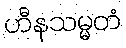
ဟီနသမ္မတံ